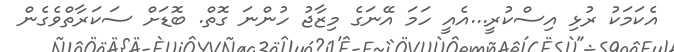
އެކަމަކު ރުޅި އިސްކުރީ...އެއީ ހަމަ އޭނަގެ މިޒާޖު ހުންނަ ގޮތް. ބޮޑަށް ސަކަރާތްވެގެން